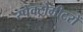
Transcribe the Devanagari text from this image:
स्पेक्ट्रोमीटरों